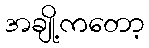
အချို့ကတော့